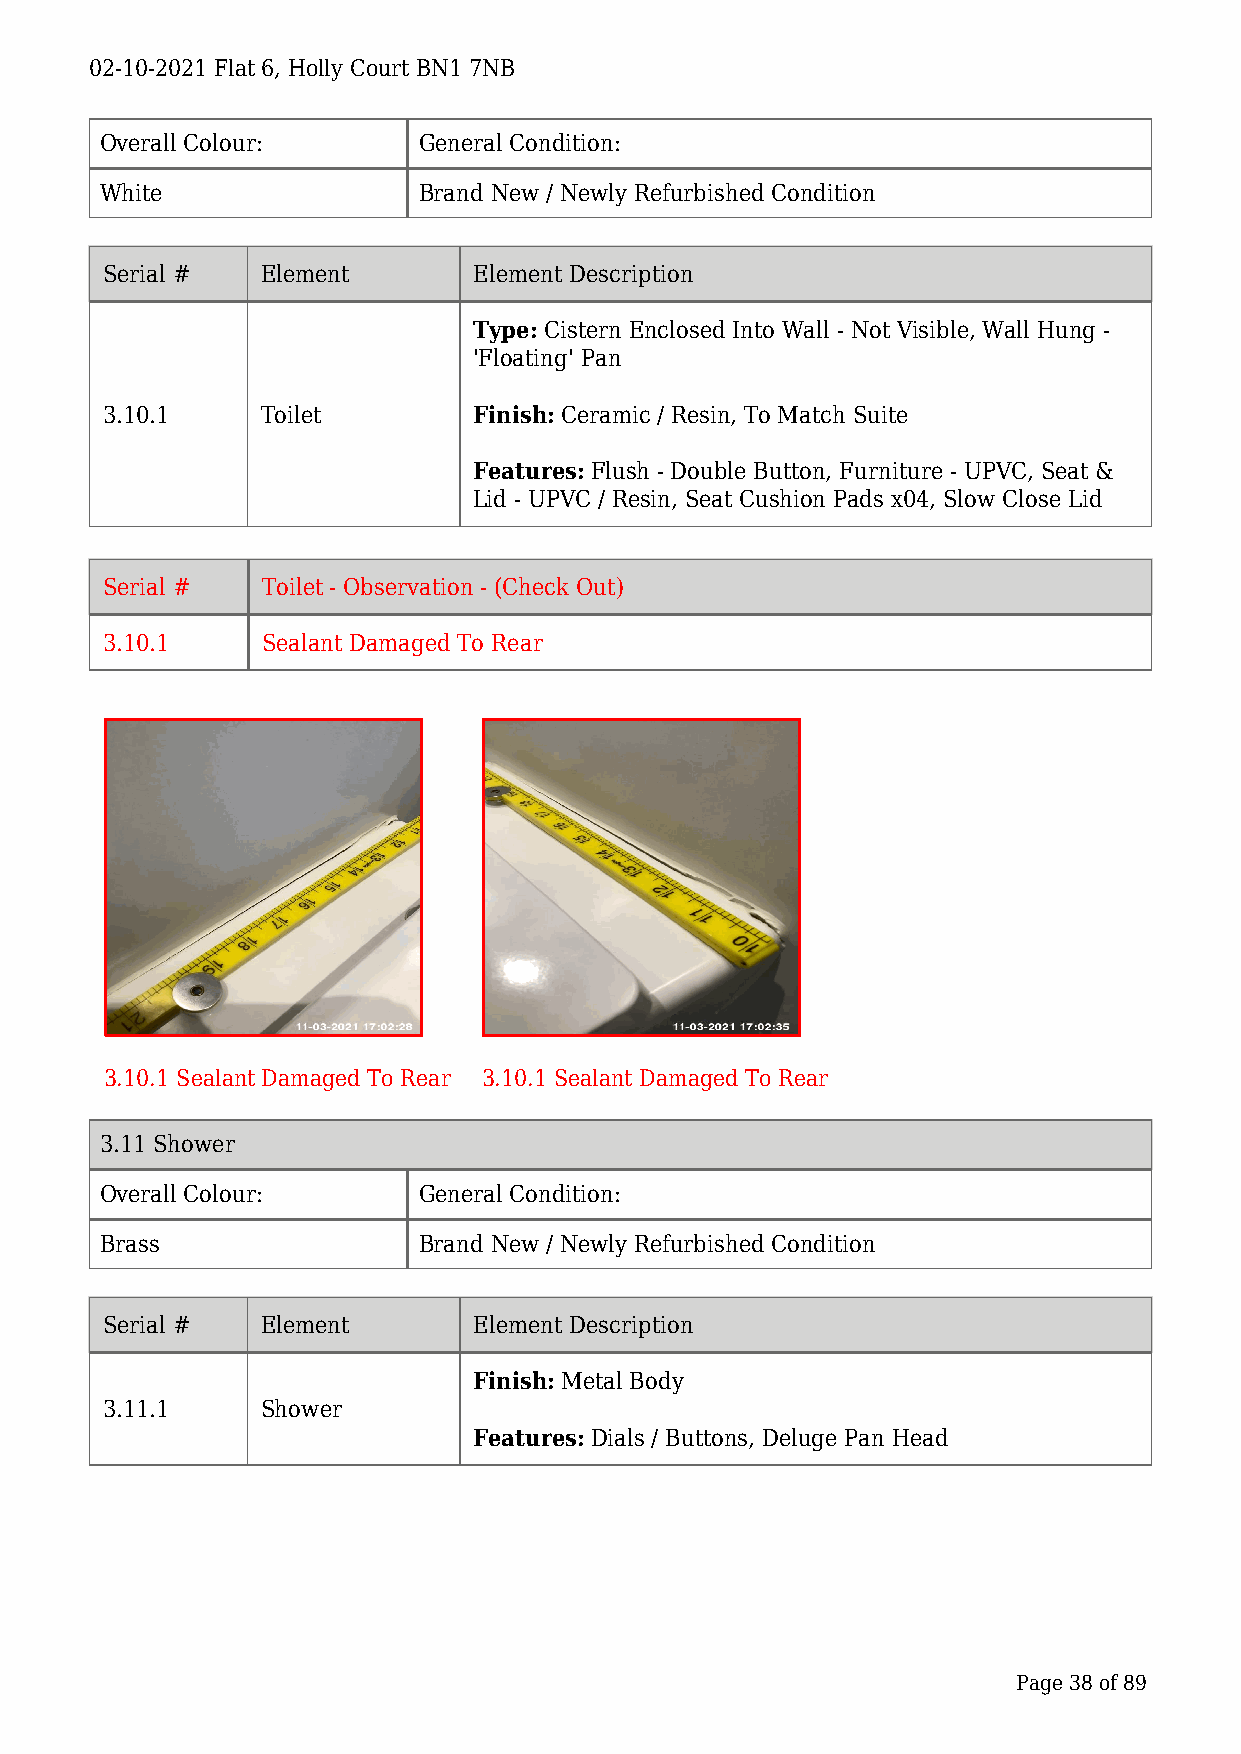
02-10-2021 Flat 6, Holly Court BN1 7NB
 Overall Colour:      General Condition:
 White                Brand New / Newly Refurbished Condition
 Serial #  Element       Element Description
 Type: Cistern Enclosed Into Wall - Not Visible, Wall Hung -
 'Floating' Pan
 3.10.1    Toilet        Finish: Ceramic / Resin, To Match Suite
 Features: Flush - Double Button, Furniture - UPVC, Seat &
 Lid - UPVC / Resin, Seat Cushion Pads x04, Slow Close Lid
 Serial #  Toilet - Observation - (Check Out)
 3.10.1    Sealant Damaged To Rear
 3.10.1 Sealant Damaged To Rear 3.10.1 Sealant Damaged To Rear
 3.11 Shower
 Overall Colour:      General Condition:
 Brass                Brand New / Newly Refurbished Condition
 Serial #  Element       Element Description
 Finish: Metal Body
 3.11.1    Shower
 Features: Dials / Buttons, Deluge Pan Head
 Page 38 of 89